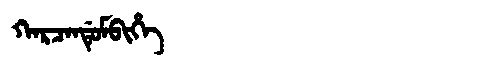
Manchu: ᡴᠠᡵᠴᠠᠨᡩᡠᠮᠪᡳᡥᡝ
Romanization: KARCANDUMBIHE